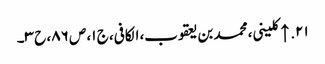
۲۱. ↑ کلینی، محمد بن یعقوب، الکافی، ج ۱، ص ۸۶، ح ۳۔